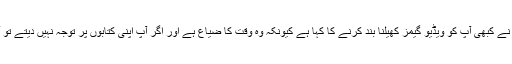
کیا آپ کے والدین یا اساتذہ نے کبھی آپ کو ویڈیو گیمز کھیلنا بند کرنے کا کہا ہے کیونکہ وہ وقت کا ضیاع ہے اور اگر آپ اپنی کتابوں پر توجہ نہیں دیتے تو آپ کو کچھ بھی نہیں ہوگا؟